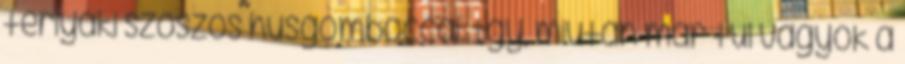
teriyaki szószos húsgombóccal. Így, miután már túl vagyok a